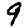
Digit: 9